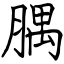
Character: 腢